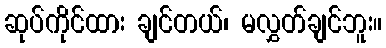
ဆုပ်ကိုင်ထား ချင်တယ်၊ မလွှတ်ချင်ဘူး။